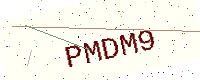
Text: PMDM9